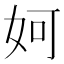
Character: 妸